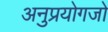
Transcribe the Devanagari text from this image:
अनुप्रयोगजो